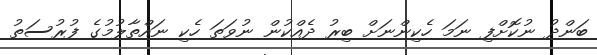
ބަންދު ނުކޮށްފި ނަމަ ހެކިންނަށް ބިރު ދެއްކުން ނުވަތަ ހެކި ނައްތާލުމުގެ ފުރުސަތު